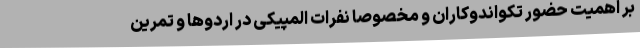
بر اهمیت حضور تکواندوکاران و مخصوصا نفرات المپیکی در اردوها و تمرین